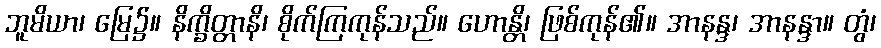
ဘူမိယာ၊ မြေ၌။ နိက္ခိတ္တာနိ၊ စိုက်ကြကုန်သည်။ ဟောန္တိ၊ ဖြစ်ကုန်၏။ အာနန္ဒ၊ အာနန္ဒာ။ တွံ၊